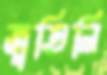
জুতিলি